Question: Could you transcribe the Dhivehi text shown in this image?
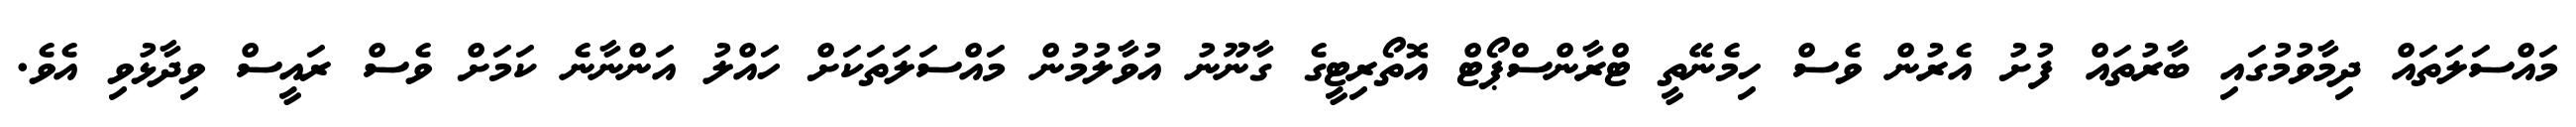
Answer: މައްސަލަތައް ދިމާވުމުގައި ބާރުތައް ފުށު އެރުން ވެސް ހިމެނޭތީ ޓްރާންސްޕޯޓް އޮތޯރިޓީގެ ގާނޫނު އުވާލުމުން މައްސަލަތަކަށް ހައްލު އަންނާނެ ކަމަށް ވެސް ރައީސް ވިދާޅުވި އެވެ.